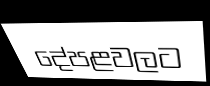
දේපළවලට